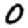
Digit: 0